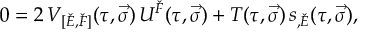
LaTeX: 0 = 2 \, V _ { [ \check { E } , \check { F } ] } ( \tau , \vec { \sigma } ) \, U ^ { \check { F } } ( \tau , \vec { \sigma } ) + T ( \tau , \vec { \sigma } ) \, s _ { , \check { E } } ( \tau , \vec { \sigma } ) ,